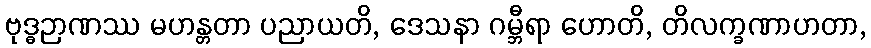
ဗုဒ္ဓဉာဏဿ မဟန္တတာ ပညာယတိ, ဒေသနာ ဂမ္ဘီရာ ဟောတိ, တိလက္ခဏာဟတာ,